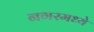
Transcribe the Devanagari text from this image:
नगरमध्ये